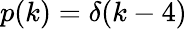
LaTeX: p(k)=\delta(k-4)